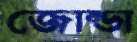
জোন্ডা